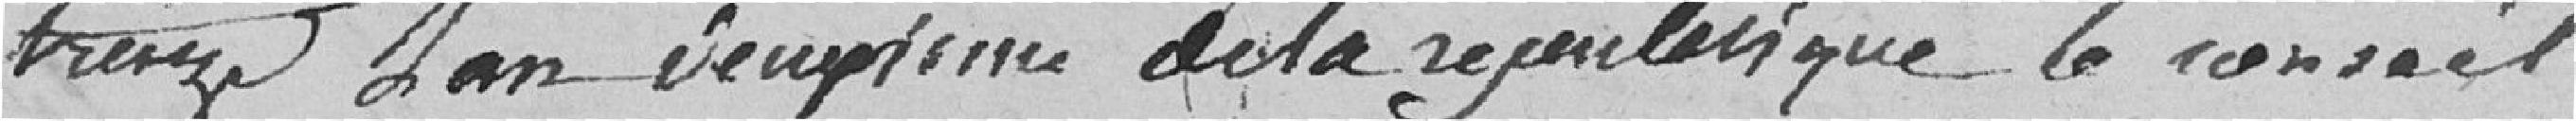
treize l'an deux de la république, le conseil